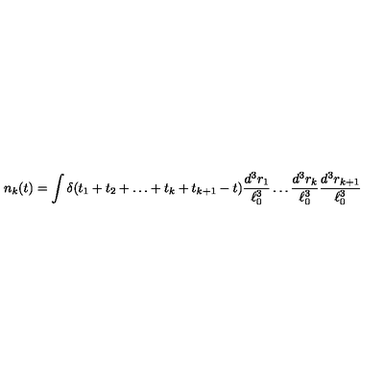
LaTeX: n _ { k } ( t ) = \int \delta ( t _ { 1 } + t _ { 2 } + \ldots + t _ { k } + t _ { k + 1 } - t ) \frac { d ^ { 3 } r _ { 1 } } { \ell _ { 0 } ^ { 3 } } \ldots \frac { d ^ { 3 } r _ { k } } { \ell _ { 0 } ^ { 3 } } \frac { d ^ { 3 } r _ { k + 1 } } { \ell _ { 0 } ^ { 3 } }